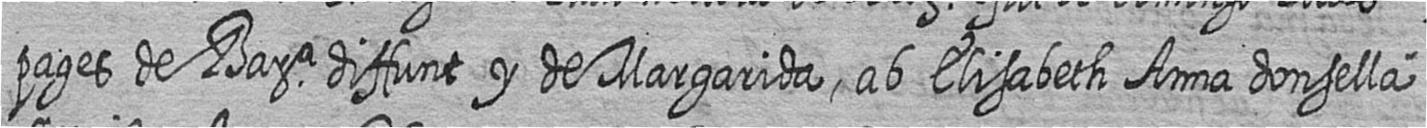
pages de Bara diffunt y de Margarida ab Elisabeth Anna donsella